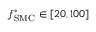
f _ { \mathrm { S M C } } ^ { * } \in [ 2 0 , 1 0 0 ]